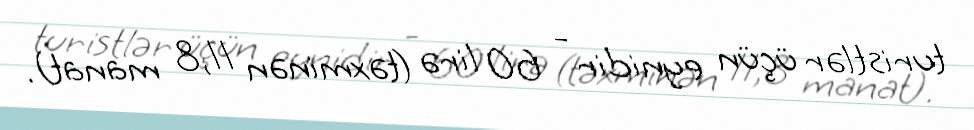
turistlər üçün eynidir - 60 lirə (təxminən 11,8 manat).